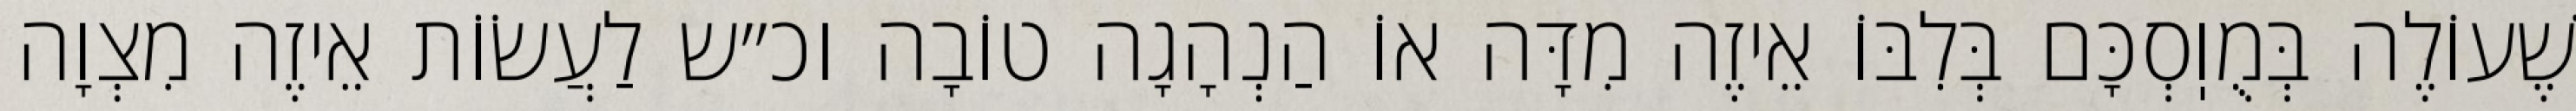
שֶׁעוֹלֶה בְּמֻוֽסְכָּם בְּלִבּוֹ אֵיזֶה מִדָּה אוֹ הַנְהָגָה טוֹבָה וכ״ש לַעֲשׂוֹת אֵיזֶה מִצְוָה